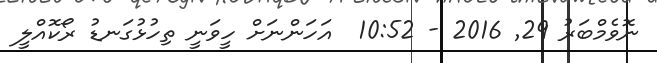
ނޮވެމްބަރު 29